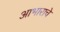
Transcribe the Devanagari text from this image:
आभाराचे